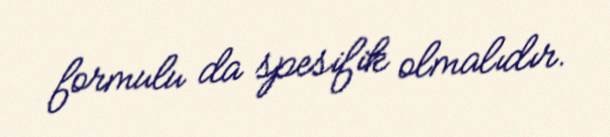
formulu da spesifik olmalıdır.